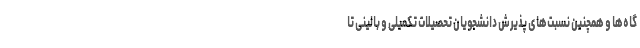
گاه‌ها و همچنین نسبت‌های پذیرش دانشجویان تحصیلات تکمیلی و بالینی تا